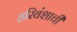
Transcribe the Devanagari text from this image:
हरिवंशाची